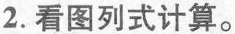
2.看图列式计算。